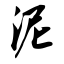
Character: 泥